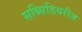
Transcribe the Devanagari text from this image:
सब्सिडियरीज